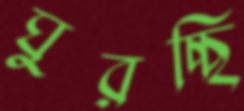
ঘুরচ্ছি